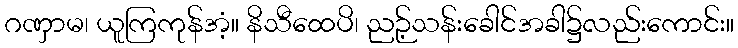
ဂဏှာမ၊ ယူကြကုန်အံ့။ နိသီထေပိ၊ ညဉ့်သန်းခေါင်အခါ၌လည်းကောင်း။